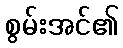
စွမ်းအင်၏